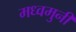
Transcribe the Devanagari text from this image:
मध्वमुनीं